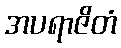
အပရာဇိတံ